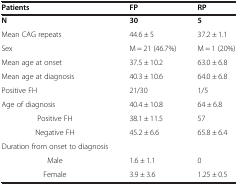
| Patients | FP | RP |
 | --- | --- | --- |
 | N | 30 | 5 |
 | Mean CAG repeats | 44.6 ± 5 | 37.2 ± 1.1 |
 | Sex | M = 21 (46.7%) | M = 1 (20%) |
 | Mean age at onset | 37.5 ± 10.2 | 63.0 ± 6.8 |
 | Mean age at diagnosis | 40.3 ± 10.6 | 64.0 ± 6.8 |
 | Positive FH | 21/30 | 1/5 |
 | Age of diagnosis | 40.4 ± 10.8 | 64 ± 6.8 |
 | Positive FH | 38.1 ± 11.5 | 57 |
 | Negative FH | 45.2 ± 6.6 | 65.8 ± 6.4 |
 | Duration from onset to diagnosis |  |  |
 | Male | 1.6 ± 1.1 | 0 |
 | Female | 3.9 ± 3.6 | 1.25 ± 0.5 |